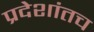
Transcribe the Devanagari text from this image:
प्रदेशांतच